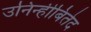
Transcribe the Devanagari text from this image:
उनिन्हीबितेद